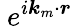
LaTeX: {\ e}^{i{\boldsymbol{k}}_{m}\cdot\boldsymbol{r}}